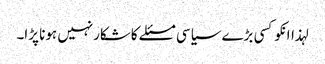
لہذاانکوکسی بڑے سیاسی مسئلے کاشکارنہیں ہونا پڑا۔